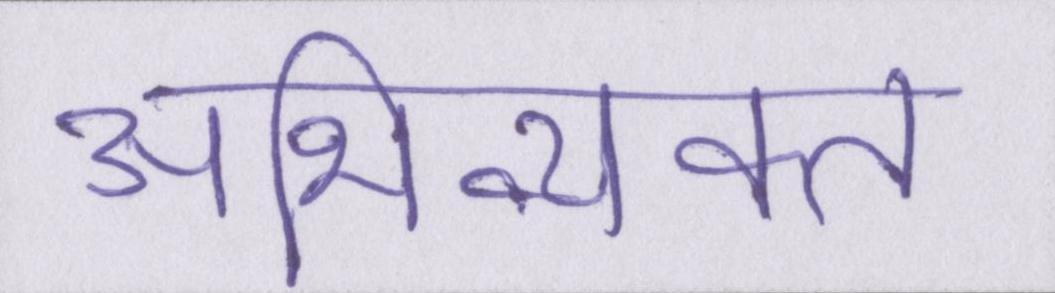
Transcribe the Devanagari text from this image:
अभिव्यक्त